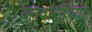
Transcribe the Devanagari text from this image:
वनवासींच्या